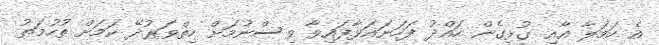
އެ ހަމަލާ އާއި ގުޅިގެން ހައްދު ފަހަނައަޅާފައިވާ ވިސްނުމަށް ހިތްވަރުދޭ ކަމަށް ތުހުމަތު